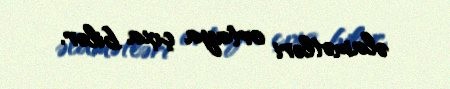
əlamətləri ortaya çıxa bilər.